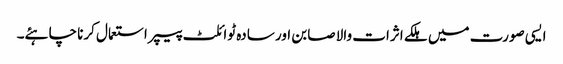
ایسی صورت میں ہلکے اثرات والا صابن اور سادہ ٹوائلٹ پیپر استعمال کرنا چاہئے۔